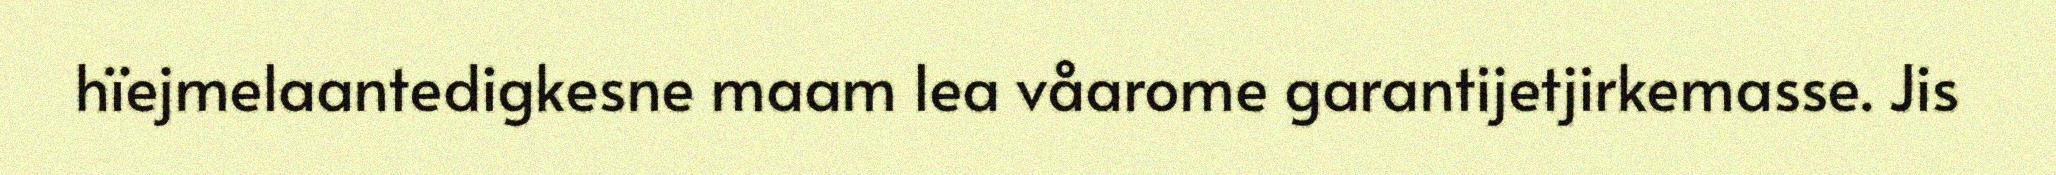
hïejmelaantedigkesne maam lea våarome garantijetjirkemasse. Jis